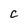
Character: C